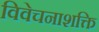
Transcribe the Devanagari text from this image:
विवेचनाशक्ति